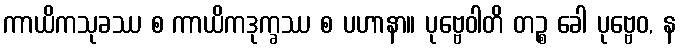
ကာယိကသုခဿ စ ကာယိကဒုက္ခဿ စ ပဟာနာ။ ပုဗ္ဗေဝါတိ တဉ္စ ခေါ ပုဗ္ဗေဝ, န